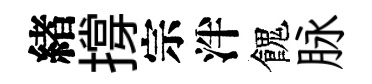
緖撐宗泮餽脉